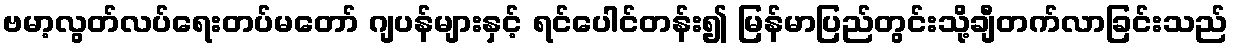
ဗမာ့လွတ်လပ်ရေးတပ်မတော် ဂျပန်များနှင့် ရင်ပေါင်တန်း၍ မြန်မာပြည်တွင်းသို့ချီတက်လာခြင်းသည်